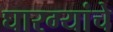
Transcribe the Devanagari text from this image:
घारग्यांचे